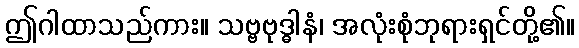
ဤဂါထာသည်ကား။ သဗ္ဗဗုဒ္ဓါနံ၊ အလုံးစုံဘုရားရှင်တို့၏။